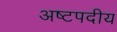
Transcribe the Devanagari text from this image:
अष्टपदीय